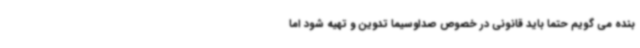
بنده می گویم حتما باید قانونی در خصوص صداوسیما تدوین و تهیه شود اما